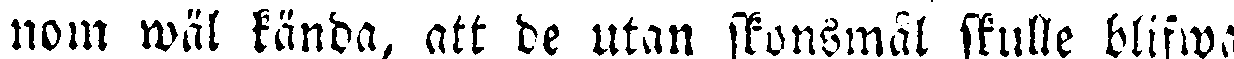
nom wäl kända, att de utan skonsmål skulle blifwa